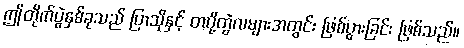
ဤတိုက်ပွဲနှစ်ခုသည် ပြာသိုနှင့် တပို့တွဲလများအတွင်း ဖြစ်ပွားခြင်း ဖြစ်သည်။